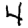
Digit: 4